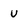
Character: u